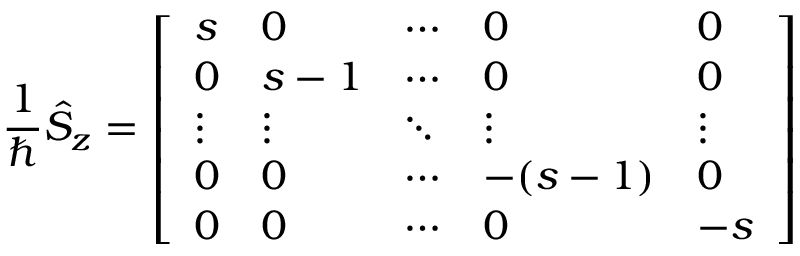
{ \frac { 1 } { \hbar } } { \hat { S } } _ { z } = { \left[ \begin{array} { l l l l l } { s } & { 0 } & { \cdots } & { 0 } & { 0 } \\ { 0 } & { s - 1 } & { \cdots } & { 0 } & { 0 } \\ { \vdots } & { \vdots } & { \ddots } & { \vdots } & { \vdots } \\ { 0 } & { 0 } & { \cdots } & { - ( s - 1 ) } & { 0 } \\ { 0 } & { 0 } & { \cdots } & { 0 } & { - s } \end{array} \right] }